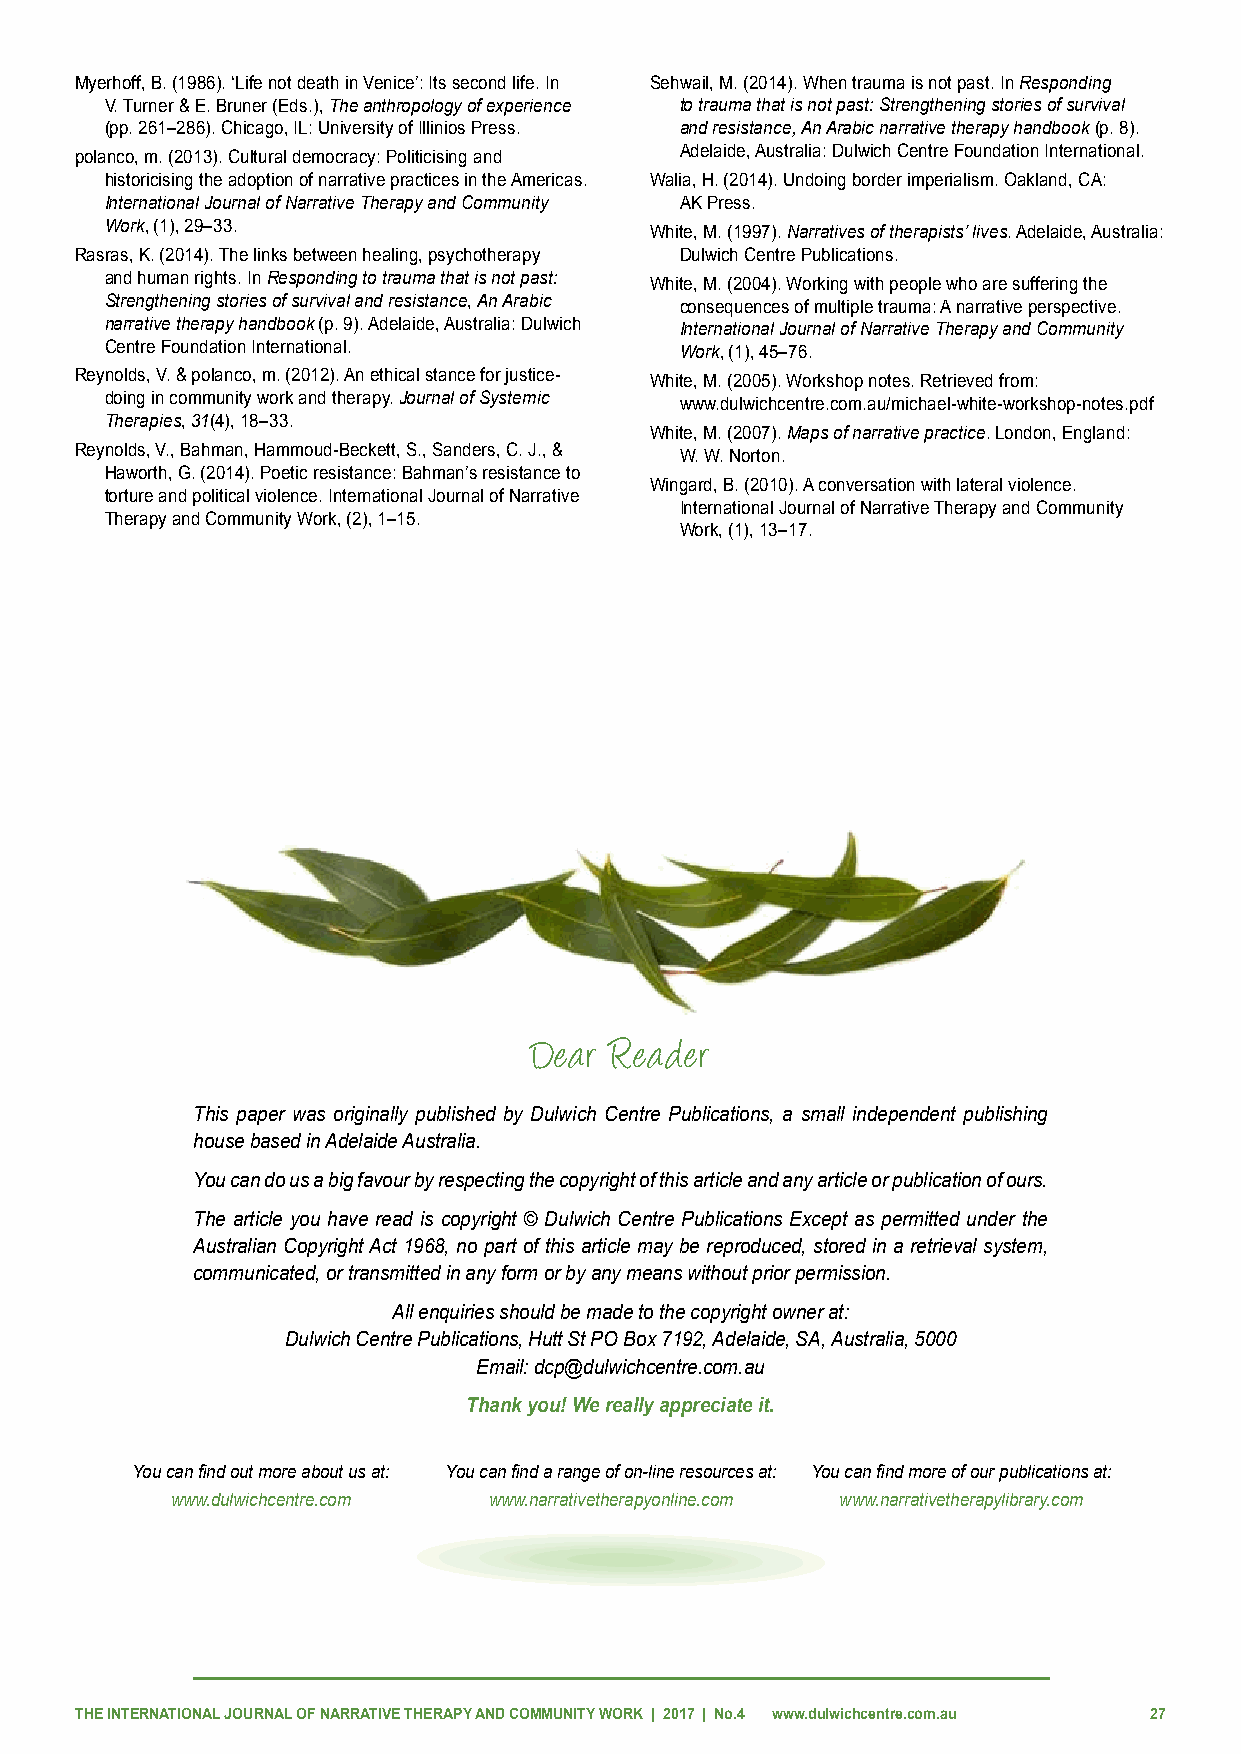
Myerhoff, B. (1986). ‘Life not death in Venice’: Its second life. In Sehwail, M. (2014). When trauma is not past. In Responding
 V. Turner & E. Bruner (Eds.), The anthropology of experience to trauma that is not past: Strengthening stories of survival
 (pp. 261–286). Chicago, IL: University of Illinios Press. and resistance, An Arabic narrative therapy handbook (p. 8).
 polanco, m. (2013). Cultural democracy: Politicising and Adelaide, Australia: Dulwich Centre Foundation International.
 historicising the adoption of narrative practices in the Americas. Walia, H. (2014). Undoing border imperialism. Oakland, CA:
 International Journal of Narrative Therapy and Community AK Press.
 Work, (1), 29–33.                   White, M. (1997). Narratives of therapists’ lives. Adelaide, Australia:
 Rasras, K. (2014). The links between healing, psychotherapy Dulwich Centre Publications.
 and human rights. In Responding to trauma that is not past: White, M. (2004). Working with people who are suffering the
 Strengthening stories of survival and resistance, An Arabic consequences of multiple trauma: A narrative perspective.
 narrative therapy handbook (p. 9). Adelaide, Australia: Dulwich International Journal of Narrative Therapy and Community
 Centre Foundation International.      Work, (1), 45–76.
 Reynolds, V. & polanco, m. (2012). An ethical stance for justice- White, M. (2005). Workshop notes. Retrieved from:
 doing in community work and therapy. Journal of Systemic www.dulwichcentre.com.au/michael-white-workshop-notes.pdf
 Therapies, 31(4), 18–33.
 White, M. (2007). Maps of narrative practice. London, England:
 Reynolds, V., Bahman, Hammoud-Beckett, S., Sanders, C. J., & W. W. Norton.
 Haworth, G. (2014). Poetic resistance: Bahman’s resistance to
 Wingard, B. (2010). A conversation with lateral violence.
 torture and political violence. International Journal of Narrative
 International Journal of Narrative Therapy and Community
 Therapy and Community Work, (2), 1–15.
 Work, (1), 13–17.
 Dear Reader
 This paper was originally published by Dulwich Centre Publications, a small independent publishing
 house based in Adelaide Australia.
 You can do us a big favour by respecting the copyright of this article and any article or publication of ours.
 The article you have read is copyright © Dulwich Centre Publications Except as permitted under the
 Australian Copyright Act 1968, no part of this article may be reproduced, stored in a retrieval system,
 communicated, or transmitted in any form or by any means without prior permission.
 All enquiries should be made to the copyright owner at:
 Dulwich Centre Publications, Hutt St PO Box 7192, Adelaide, SA, Australia, 5000
 Email: dcp@dulwichcentre.com.au
 Thank you! We really appreciate it.
 You can find out more about us at: You can find a range of on-line resources at: You can find more of our publications at:
 www.dulwichcentre.com www.narrativetherapyonline.com www.narrativetherapylibrary.com
 THE INTERNATIONAL JOURNAL OF NARRATIVE THERAPY AND COMMUNITY WORK | 2017 | No.4 www.dulwichcentre.com.au 27